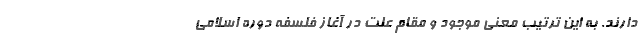
دارند. به این ترتیب معنی موجود و مقام علت در آغاز فلسفه دوره اسلامی